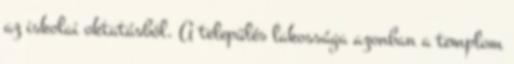
az iskolai oktatásból. A település lakossága azonban a templom